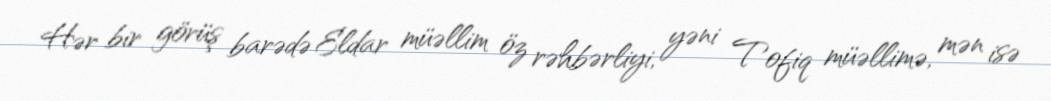
Hər bir görüş barədə Eldar müəllim öz rəhbərliyi, yəni Tofiq müəllimə, mən isə